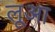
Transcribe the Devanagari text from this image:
लूआ